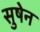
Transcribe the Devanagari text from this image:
सुषेन